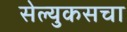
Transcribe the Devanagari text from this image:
सेल्युकसचा